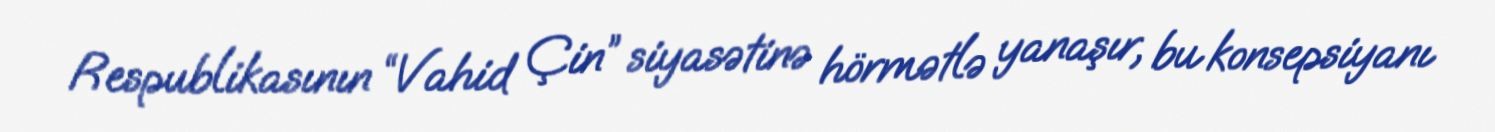
Respublikasının “Vahid Çin” siyasətinə hörmətlə yanaşır, bu konsepsiyanı